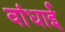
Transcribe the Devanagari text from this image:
वांधाई